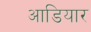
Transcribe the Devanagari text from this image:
आडियार